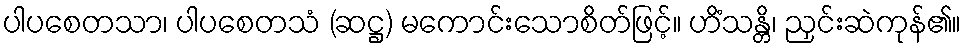
ပါပစေတသာ၊ ပါပစေတသံ (ဆဋ္ဌ) မကောင်းသောစိတ်ဖြင့်။ ဟိံသန္တိ၊ ညှင်းဆဲကုန်၏။